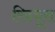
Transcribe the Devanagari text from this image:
रिड्यूस